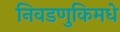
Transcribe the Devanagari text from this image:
निवडणुकिमधे